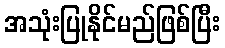
အသုံးပြုနိုင်မည်ဖြစ်ပြီး